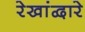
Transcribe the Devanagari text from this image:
रेखांद्वारे